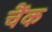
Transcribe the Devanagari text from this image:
चैंक